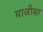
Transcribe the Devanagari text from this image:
माजीसा